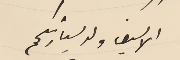
الاسيف ولد سيادتكم